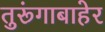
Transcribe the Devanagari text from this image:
तुरूंगाबाहेर